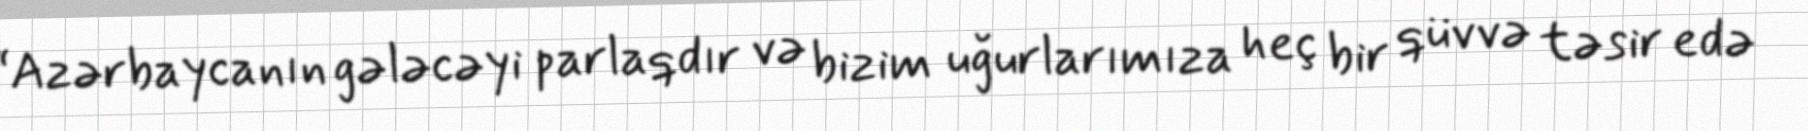
“Azərbaycanın gələcəyi parlaqdır və bizim uğurlarımıza heç bir qüvvə təsir edə